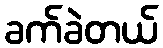
ခက်ခဲတယ်